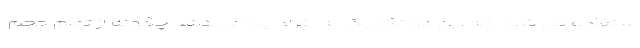
ستفاده می شود که این دو تکنیک به افراد یاد می دهد چگونه از تمام حجم